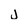
Character: j